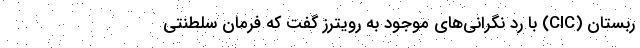
ربستان (CIC) با رد نگرانی‌های موجود به رویترز گفت که فرمان سلطنتی